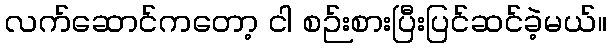
လက်ဆောင်ကတော့ ငါ စဉ်းစားပြီးပြင်ဆင်ခဲ့မယ်။